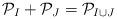
LaTeX: \begin{align*}\mathcal{P}_I+\mathcal{P}_J=\mathcal{P}_{I\cup J}\end{align*}